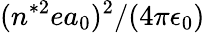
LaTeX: (n^{*2}ea_{0})^{2}/(4\pi\epsilon_{0})